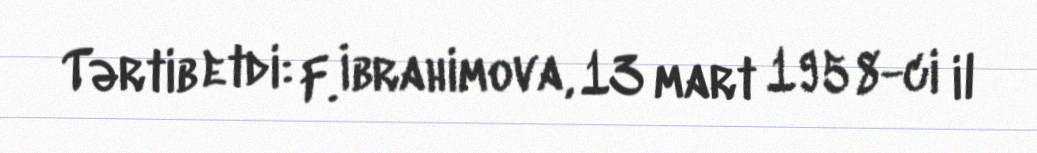
Tərtib etdi: F. İbrahimova, 13 mart 1958-ci il